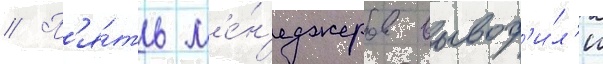
// П'я́ть м'е́н'еджеров вывод'и́л'и